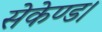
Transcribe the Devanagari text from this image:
सेकेण्ड।